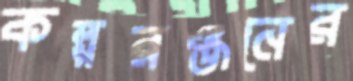
কল্পরঞ্জনের